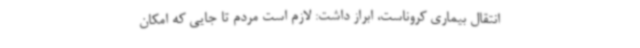
انتقال بیماری کروناست، ابراز داشت: لازم است مردم تا جایی که امکان